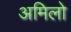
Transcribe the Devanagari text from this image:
अमिलो